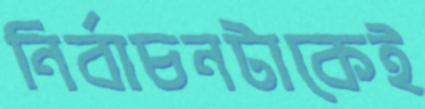
নির্বাচনটাকেই